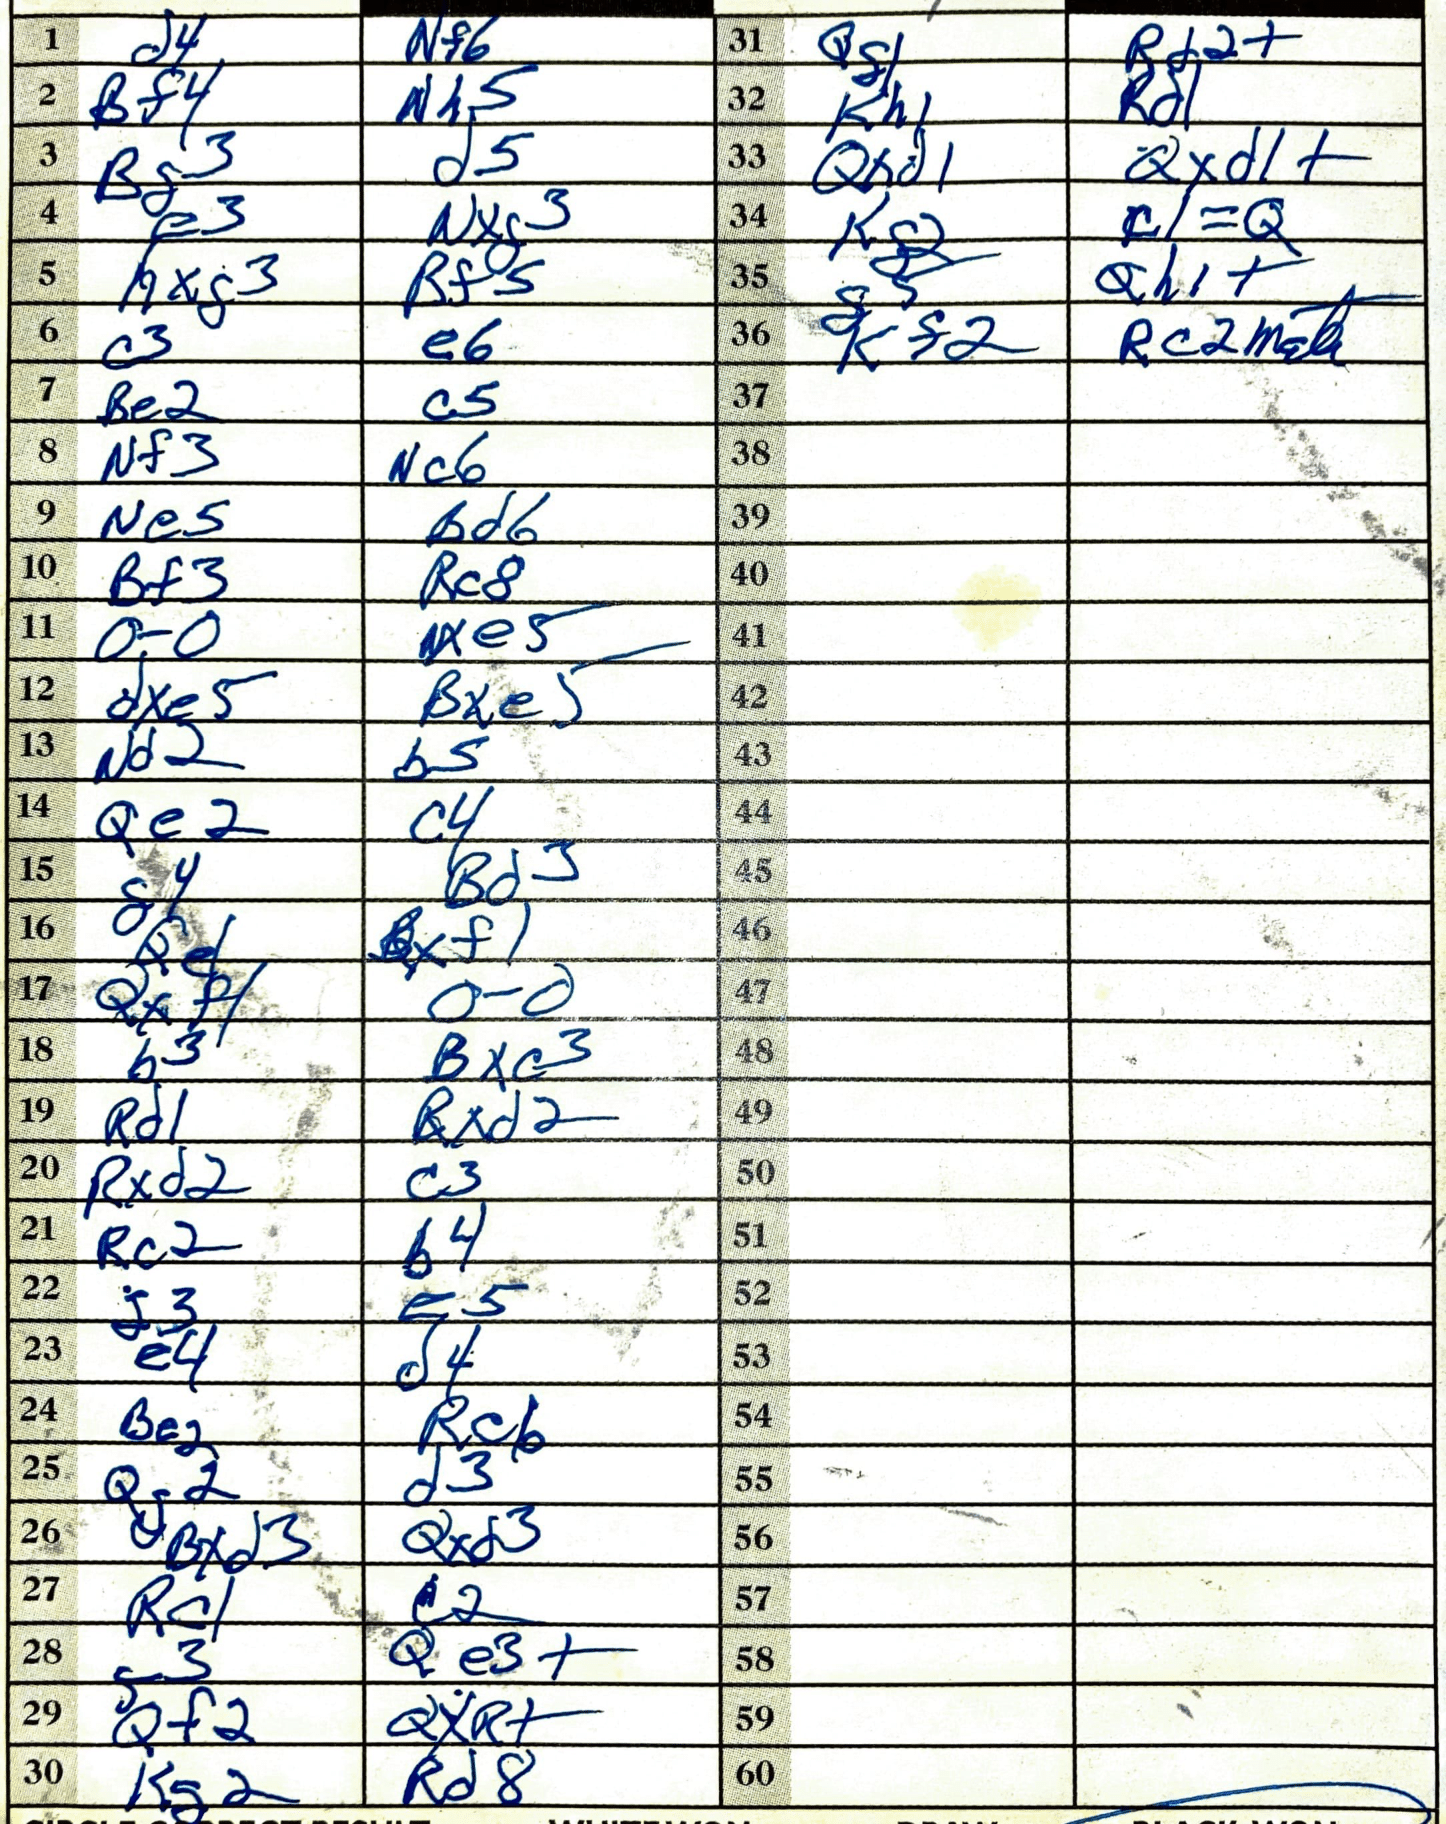
Moves: d4 Nf6 Bf4 Nh5 Bg3 d5 e3 Nxg3 hxg3 Bf5 c3 e6 Be2 c5 Nf3 Nc6 Ne5 Bd6 Bf3 Rc8 O-O Nxe5 dxe5 Bxe5 Nd2 b5 Qe2 c4 g4 Bd3 Qe1 Bxf1 Qxf1 O-O b3 Bxc3 Rd1 Rxd2 Rxd2 c3 Rc2 b4 g3 e5 e4 d4 Be2 Rc6 Qg2 d3 Bxd3 Qxd3 Rc1 c2 f3 Qe3+ Qf2 QxQ+ Kg2 Rd8 Qg1 Rd2+ Kh1 Rd1 Qxd1 Qxd1+ Kg2 c1=Q g5 Qh1+ Kf2 Rc2